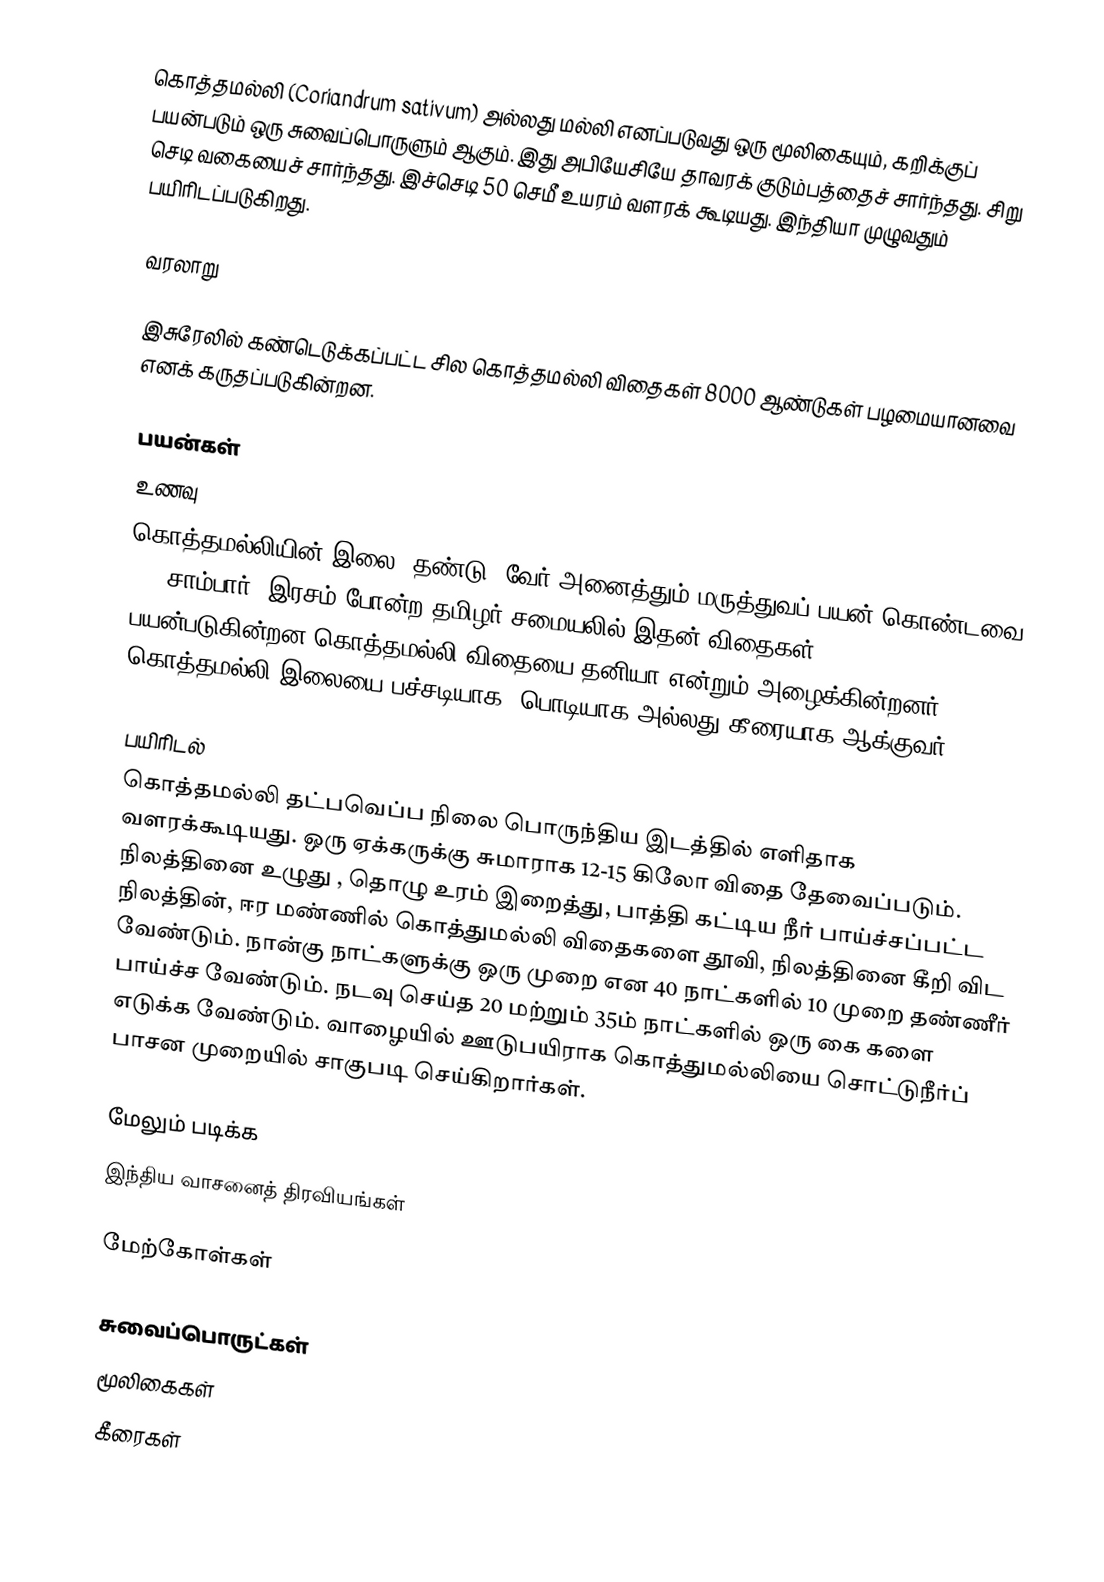
கொத்தமல்லி (Coriandrum sativum) அல்லது மல்லி எனப்படுவது ஒரு மூலிகையும், கறிக்குப் பயன்படும் ஒரு சுவைப்பொருளும் ஆகும்.  இது அபியேசியே தாவரக் குடும்பத்தைச் சார்ந்தது. சிறு செடி வகையைச் சார்ந்தது. இச்செடி 50 செமீ உயரம் வளரக் கூடியது. இந்தியா முழுவதும் பயிரிடப்படுகிறது.

வரலாறு

இசுரேலில் கண்டெடுக்கப்பட்ட சில கொத்தமல்லி விதைகள் 8000 ஆண்டுகள் பழமையானவை எனக் கருதப்படுகின்றன.

பயன்கள்
 உணவு
கொத்தமல்லியின் இலை, தண்டு, வேர் அனைத்தும் மருத்துவப் பயன் கொண்டவை. . .  சாம்பார், இரசம் போன்ற தமிழர் சமையலில் இதன் விதைகள் பயன்படுகின்றன.கொத்தமல்லி விதையை தனியா என்றும் அழைக்கின்றனர்.  கொத்தமல்லி இலையை பச்சடியாக, பொடியாக அல்லது கீரையாக ஆக்குவர்.

பயிரிடல்
கொத்தமல்லி தட்பவெப்ப நிலை பொருந்திய இடத்தில் எளிதாக வளரக்கூடியது. ஒரு ஏக்கருக்கு சுமாராக 12-15 கிலோ விதை தேவைப்படும். நிலத்தினை உழுது , தொழு உரம் இறைத்து, பாத்தி கட்டிய நீர் பாய்ச்சப்பட்ட நிலத்தின், ஈர மண்ணில் கொத்துமல்லி விதைகளை தூவி, நிலத்தினை கீறி விட வேண்டும். நான்கு நாட்களுக்கு ஒரு முறை என 40 நாட்களில் 10 முறை தண்ணீர் பாய்ச்ச வேண்டும்.  நடவு செய்த 20 மற்றும் 35ம் நாட்களில் ஒரு கை களை எடுக்க வேண்டும்.  வாழையில் ஊடுபயிராக கொத்துமல்லியை சொட்டுநீர்ப் பாசன முறையில் சாகுபடி செய்கிறார்கள்.

மேலும் படிக்க
 இந்திய வாசனைத் திரவியங்கள்

மேற்கோள்கள்

சுவைப்பொருட்கள்
மூலிகைகள்
கீரைகள்